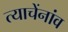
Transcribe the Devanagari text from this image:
त्याचेंनांव